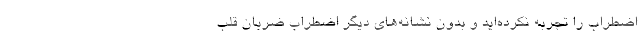
اضطراب را تجربه نکرده‌اید و بدون نشانه‌های دیگر اضطراب ضربان قلب‌